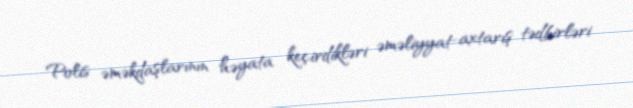
Polis əməkdaşlarının həyata keçirdikləri əməliyyat-axtarış tədbirləri